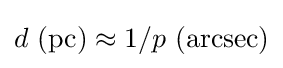
d{\text{ (pc)}}\approx 1/p{\text{ (arcsec)}}